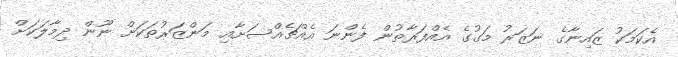
އެކަމަކު ޒައިނާގެ ނަޒަރު މަގުގެ އެއްފަރާތުން ފެންނަ އެއްޗެއްސަށާއި މަންޒަރުތަކަށް ނޫން ދިމާލަކަށް